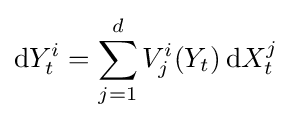
\mathrm {d} Y_{t}^{i}=\sum _{j=1}^{d}V_{j}^{i}(Y_{t})\,\mathrm {d} X_{t}^{j}